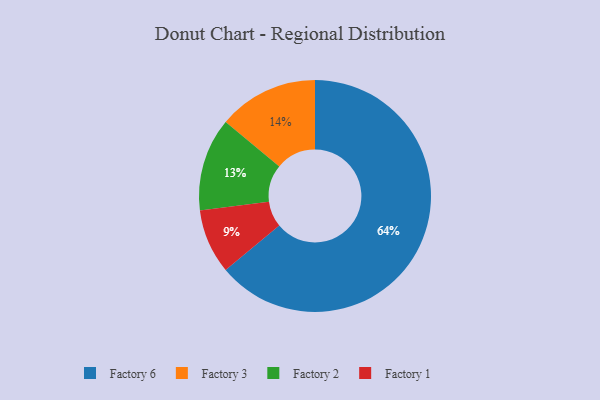
{"axis": {"x": "Category", "y": "Percentage"}, "legend": ["Factory 1", "Factory 2", "Factory 3", "Factory 6"], "data": [{"x": "Factory 1", "y": 9, "type": "Factory 1"}, {"x": "Factory 2", "y": 13, "type": "Factory 2"}, {"x": "Factory 3", "y": 14, "type": "Factory 3"}, {"x": "Factory 6", "y": 64, "type": "Factory 6"}]}